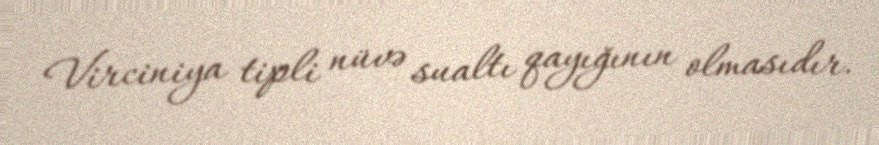
Virciniya tipli nüvə sualtı qayığının olmasıdır.